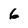
Character: 6